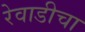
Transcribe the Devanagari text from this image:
रेवाडीचा